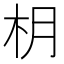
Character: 枂